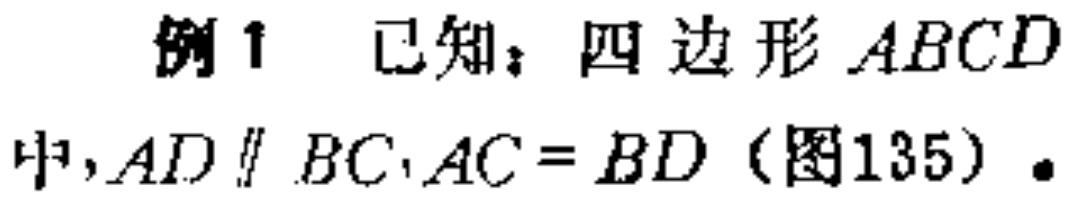
例1 已知：四边形\(ABCD\)中，\(AD\parallel BC\)，\(AC = BD\)（图135）.